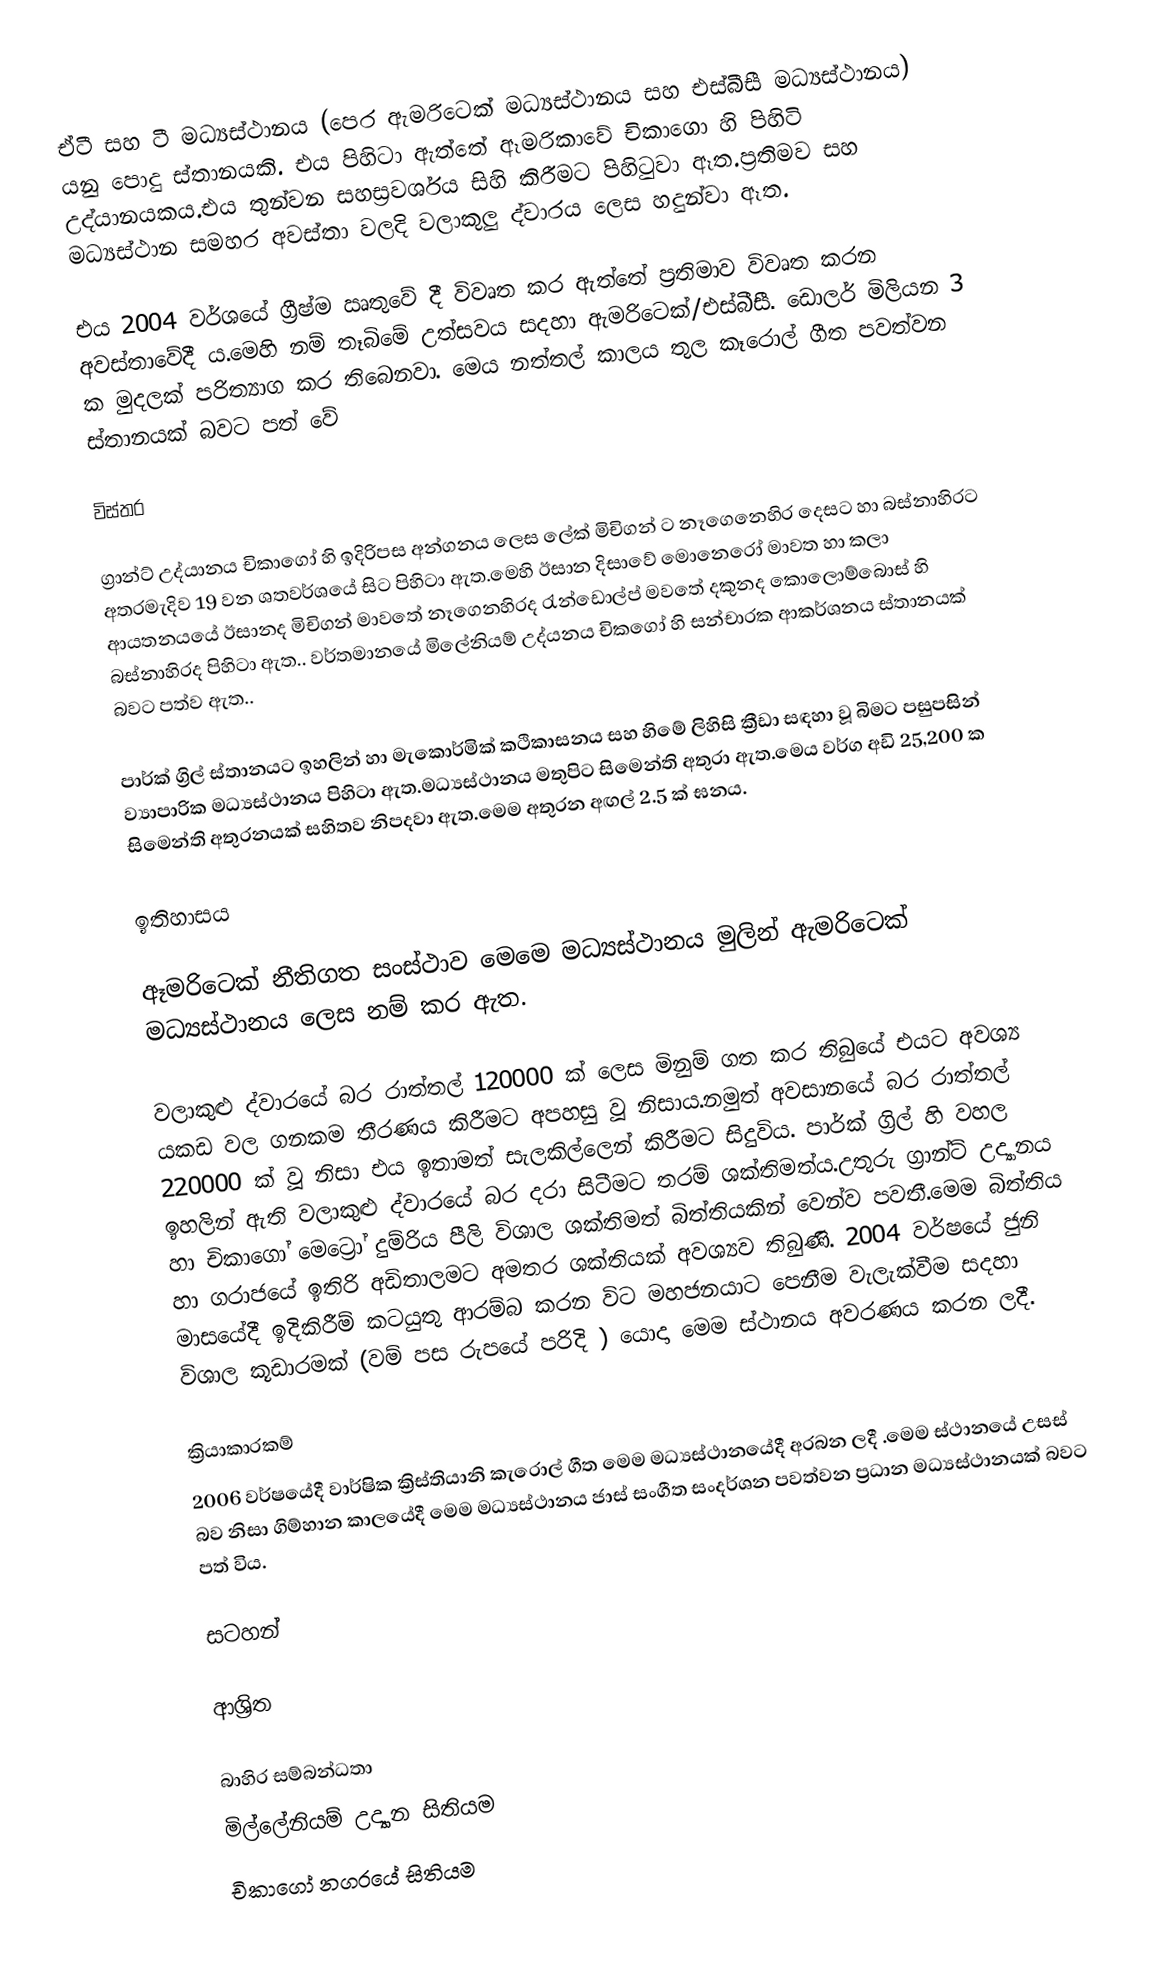
ඒටී සහ ටී මධ්‍යස්ථානය (පෙර ඇමරිටෙක් මධ්‍යස්ථානය සහ එස්බීසී  මධ්‍යස්ථානය) යනු පොදු ස්තානයකි. එය පිහිටා ඇත්තේ ඈමරිකාවේ චිකාගො හි පිහිටි උද්යානයකය.එය තුන්වන සහස්‍රවර්ශය සිහි කිරීමට පිහිටුවා ඈත.ප්‍රතිමව සහ මධ්‍යස්ථාන සමහර අවස්තා වලදි වලාකුලු ද්වාරය ලෙස හදුන්වා ඈත.

එය 2004 වර්ශයේ ග්‍රීෂ්ම ඍතුවේ දී විවෘත කර ඇත්තේ ප්‍රතිමාව විවෘත කරන අවස්තාවේදී ය.මෙහි නම් තෑබිමේ උත්සවය සදහා ඇමරිටෙක්/එස්බීසී. ඩොලර් මිලියන 3 ක මුදලක් පරිත්‍යාග කර තිබෙනවා.  මෙය නත්තල් කාලය තුල කෑරොල් ගීත පවත්වන ස්තානයක් බවට පත් වේ

විස්තර

ග්‍රාන්ට් උද්යානය චිකාගෝ හි ඉදිරිපස අන්ගනය ලෙස ලේක් මිචිගන් ට නෑගෙනෙහිර දෙසට හා බස්නාහිරට අතරමැදිව 19 වන ශතවර්ශයේ සිට පිහිටා ඇත.මෙහි ඊසාන දිසාවේ මොනෙරෝ මාවත හා කලා ආයතනයයේ ඊසානද මිචිගන් මාවතේ නෑගෙනහිරද රැන්ඩොල්ප් මවතේ දකුනද කොලොම්බොස් හි බස්නාහිරද පිහිටා ඇත.. වර්තමානයේ මිලේනියම් උද්යනය චිකගෝ හි සන්චාරක ආකර්ශනය ස්තානයක් බවට පත්ව ඇත..

පාර්ක් ග්‍රිල් ස්තානයට ඉහලින් හා මැකොර්මික් කථිකාසනය සහ හිමේ ලිහිසි ක්‍රීඩා සඳහා වූ බිමට පසුපසින් ව්‍යාපාරික මධ්‍යස්ථානය පිහිටා ඇත.මධ්‍යස්ථානය මතුපිට සිමෙන්ති අතුරා ඇත.මෙය වර්ග අඩි 25,200 ක  සිමෙන්ති අතුරනයක් සහිතව නිපදවා ඇත.මෙම අතුරන අඟල් 2.5 ක් ඝනය.

ඉතිහාසය

ඈමරිටෙක් නීතිගත සංස්ථාව මෙමෙ මධ්‍යස්ථානය මුලින් ඇමරිටෙක් මධ්‍යස්ථානය ලෙස නම් කර ඇත.

වලාකුළු ද්වාරයේ බර රාත්තල් 120000 ක් ලෙස මිනුම් ගත කර තිබුයේ  එයට අවශ්‍ය යකඩ වල ගනකම තීරණය කිරීමට අපහසු වූ නිසාය.නමුත් අවසානයේ බර රාත්තල් 220000 ක් වූ නිසා එය ඉතාමත් සැලකිල්ලෙන්  කිරීමට සිදුවිය. පාර්ක් ග්‍රිල් හි වහල ඉහලින් ඇති වලාකුළු ද්වාරයේ බර දරා සිටීමට  තරම් ශක්තිමත්ය.උතුරු ග්‍රාන්ට් උද්‍යානය හා චිකාගෝ මෙට්‍රෝ දුම්රිය පීලි විශාල ශක්තිමත් බිත්තියකින් වෙන්ව පවතී.මෙම බිත්තිය හා ගරාජයේ ඉතිරි අඩිතාලමට අමතර ශක්තියක් අවශ්‍යව තිබුණි. 2004 වර්ෂයේ ජුනි මාසයේදී ඉදිකිරීම් කටයුතු ආරම්බ කරන විට මහජනයාට පෙනීම වැලැක්වීම සදහා  විශාල කූඩාරමක් (වම් පස රුපයේ පරිදි ) යොදා මෙම ස්ථානය අවරණය කරන ලදී.

ක්‍රියාකාරකම්
2006 වර්ෂයේදී වාර්ෂික ක්‍රිස්තියානි කැරොල් ගීත මෙම මධ්‍යස්ථානයේදී අරබන ලදී .මෙම ස්ථානයේ උසස් බව නිසා ගිම්හාන කාලයේදී මෙම මධ්‍යස්ථානය ජාස් සංගීත සංදර්ශන පවත්වන ප්‍රධාන මධ්‍යස්ථානයක් බවට පත් විය.

සටහන්

ආශ්‍රිත

බාහිර සම්බන්ධතා
මිල්ලේනියම් උද්‍යාන සිතියම
චිකාගෝ නගරයේ සිතියම